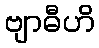
ဗျာဓီဟိ